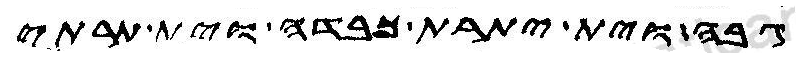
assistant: גבה וית יתרת כבדה וית תרתי